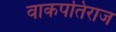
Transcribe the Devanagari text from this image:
वाकपतिराज